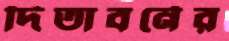
দিতাবর্নের